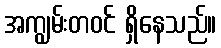
အကျွမ်းတဝင် ရှိနေသည်။